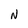
Character: N